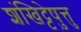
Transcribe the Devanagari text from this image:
शंखिट्टेषु़त्तु